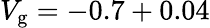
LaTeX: V_{\mathrm{g}}=-0.7+0.04